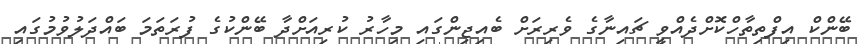
ބޭންކް އިފްތިތާހްކޮށްދެއްވީ ޗައިނާގެ ވެރިރަށް ބެއިޖިންގައި މިހާރު ކުރިއަށްދާ ބޭންކުގެ ފުރަތަމަ ބައްދަލުވުމުގައި